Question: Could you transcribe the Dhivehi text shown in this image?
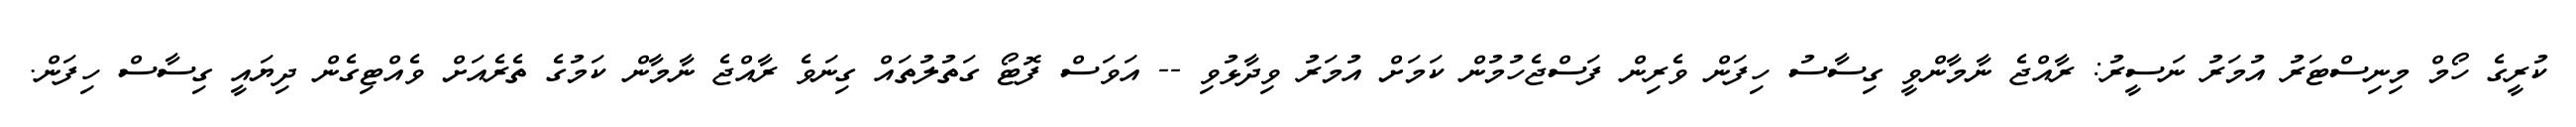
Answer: ކުރީގެ ހޯމް މިނިސްޓަރު އުމަރު ނަސީރު: ރާއްޖެ ނާމާންވީ ގިސާސު ހިފަން ވެރިން ފަސްޖެހުމުން ކަމަށް އުމަރު ވިދާޅުވި -- އަވަސް ފޮޓޯ ގަތުލުތައް ގިނަވެ ރާއްޖެ ނާމާން ކަމުގެ ތެރެއަށް ވެއްޓިގެން ދިޔައީ ގިސާސް ހިފަން.